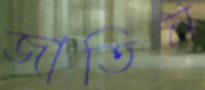
জাতিন